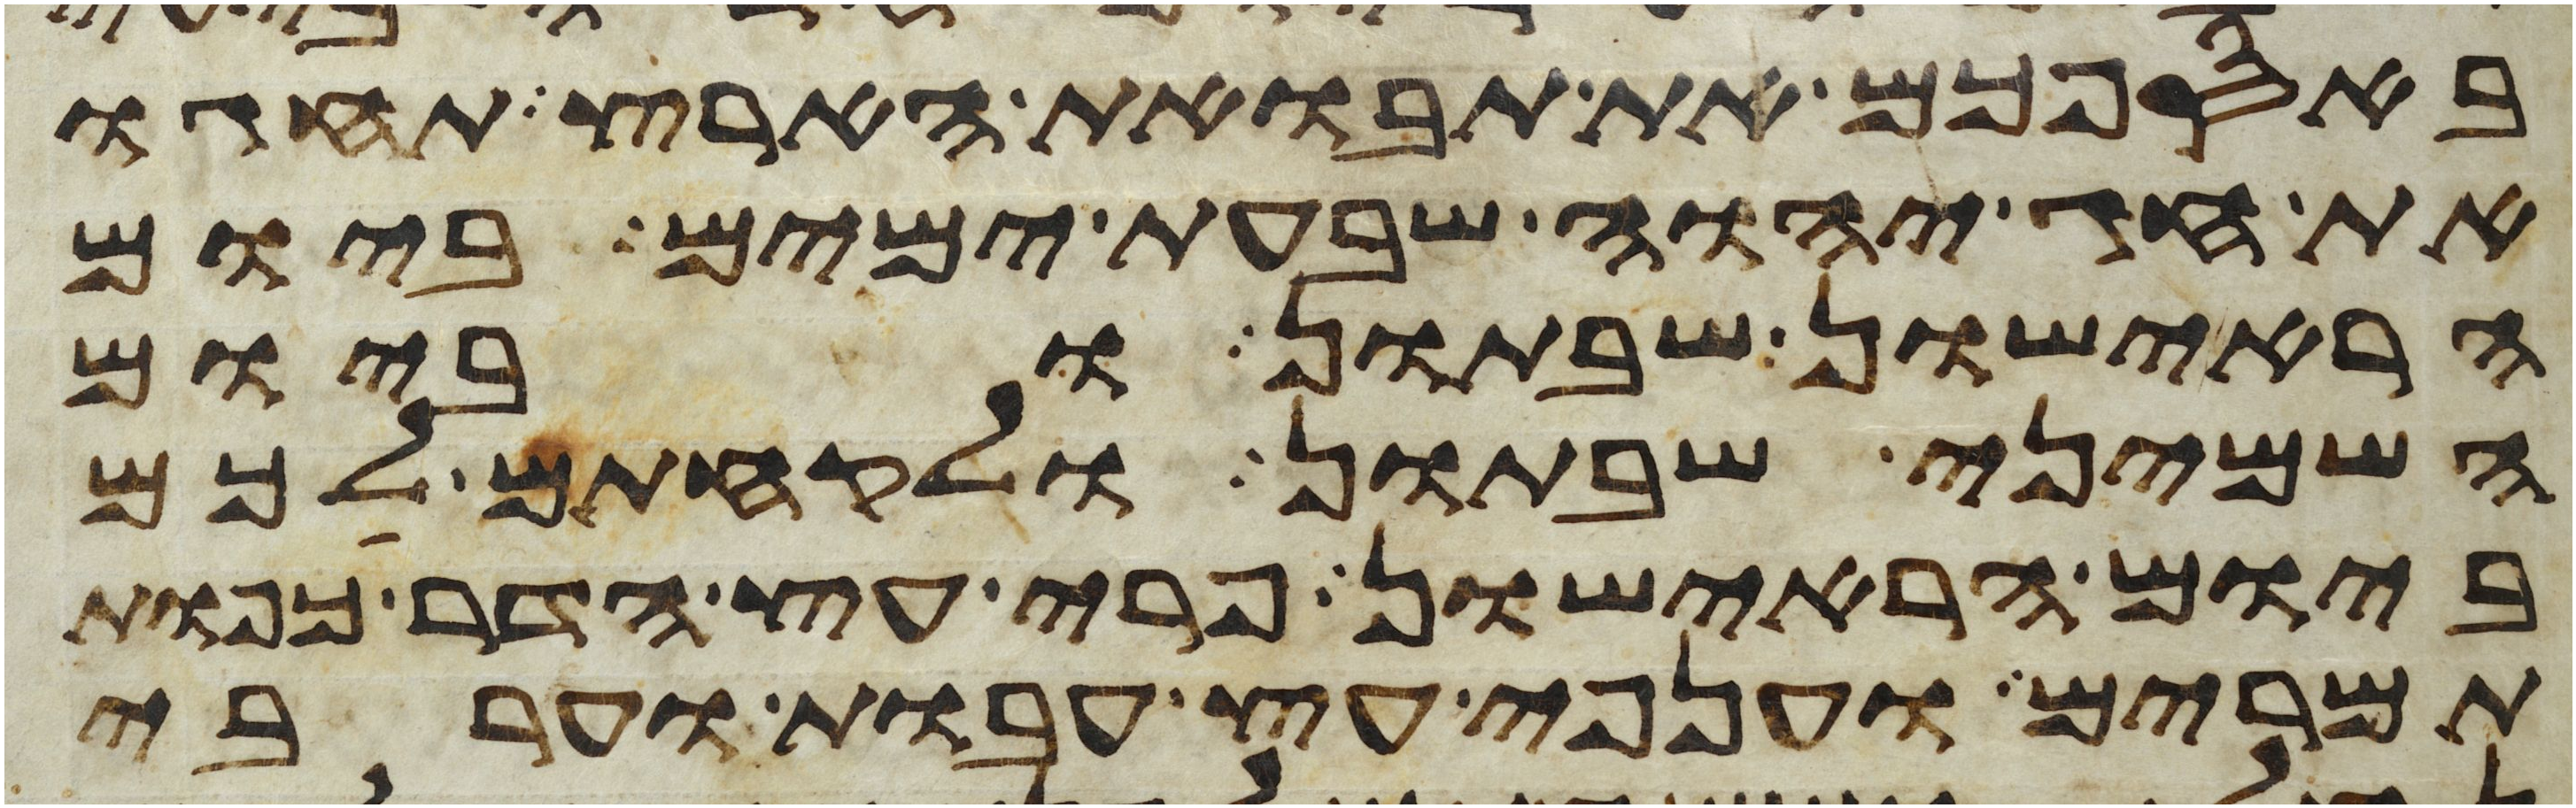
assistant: באספכם את תבואת הארץ תחגו
את חג יהוה שבעת ימים ביום
הראישון שבתון וביום
השמיני שבתון ולקחתם לכם
ביום הראישון פרי עץ הדר כפות
תמרים וענפי עץ עבות וערבי